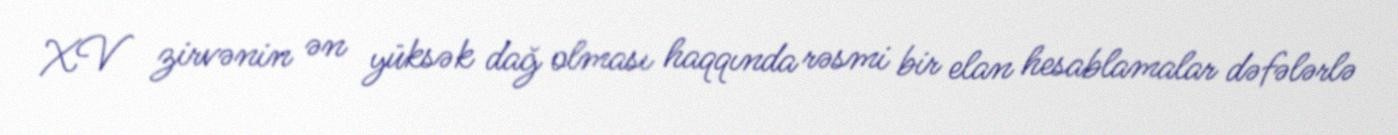
XV zirvənin ən yüksək dağ olması haqqında rəsmi bir elan hesablamalar dəfələrlə